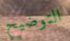
التوضيح